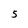
Character: 5